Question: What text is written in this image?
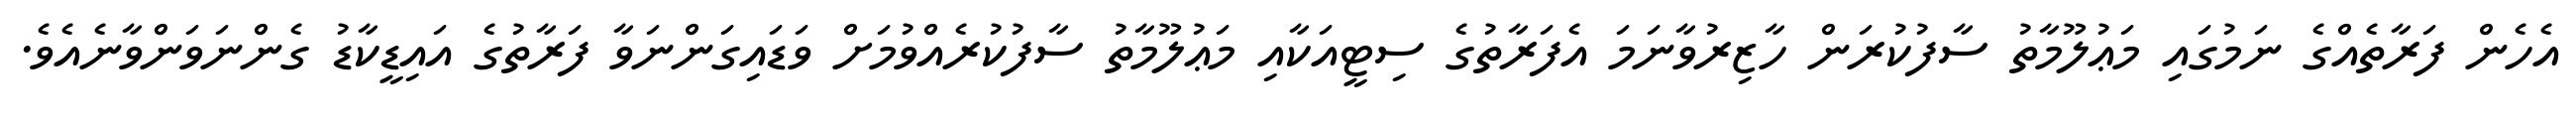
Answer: އެހެން ފަރާތެއްގެ ނަމުގައި މަޢުލޫމާތު ސާފުކުރަން ހާޒިރުވާނަމަ އެފަރާތުގެ ސިޓީއަކާއި މަޢުލޫމާތު ސާފުކުރެއްވުމަށް ވަޑައިގަންނަވާ ފަރާތުގެ އައިޑީކާޑު ގެންނަވަންވާނެއެވެ.